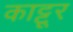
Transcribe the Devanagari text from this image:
काट्टूर